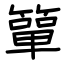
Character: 簞